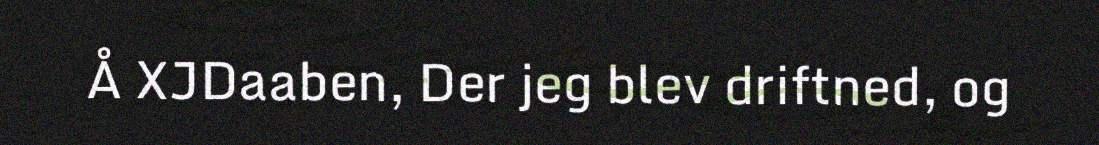
Å XJDaaben, Der jeg blev driftned, og